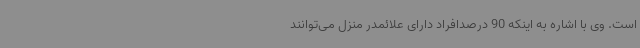
است. وی با اشاره به اینکه 90 درصدافراد دارای علائمدر منزل می‌توانند